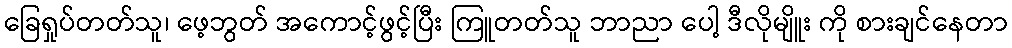
ခြေရှုပ်တတ်သူ၊ ဖေ့ဘွတ် အကောင့်ဖွင့်ပြီး ကြူတတ်သူ ဘာညာ ပေါ့ ဒီလိုမျိူး ကို စားချင်နေတာ